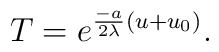
T= e^{\frac {-a} {2\lambda}(u+u_0)}.